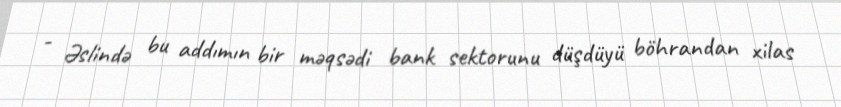
- Əslində bu addımın bir məqsədi bank sektorunu düşdüyü böhrandan xilas